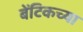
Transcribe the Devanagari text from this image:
बेंटिकच्या